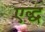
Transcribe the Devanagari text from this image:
एद्ध